Annual administration and progress report of the Indian Medical Department, Bombay
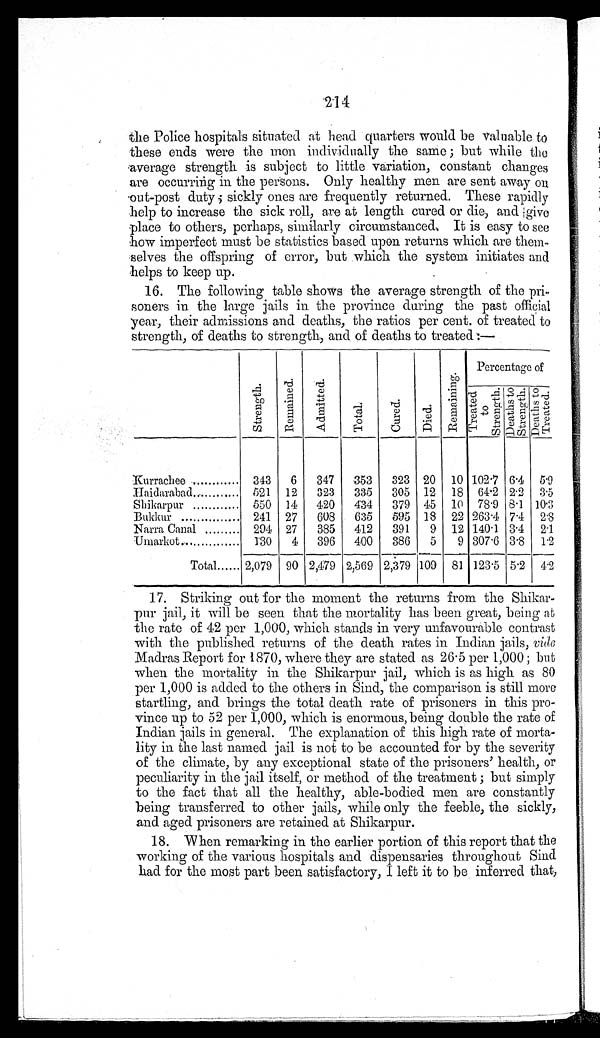
214
the Police hospitals situated at head quarters would be valuable to
these ends were the mon individually the same; but while the
average strength is subject to little variation, constant changes
are occurring in the persons. Only healthy men are sent away on
out-post duty; sickly ones are frequently returned. These rapidly
help to increase the sick roll, are at length cured or die, and give
place to others, perhaps, similarly circumstanced, It is easy to see
how imperfect must be statistics based upon returns which are them-
selves the offspring of error, but which the system initiates and
helps to keep up.
16. The following table shows the average strength of the pri-
soners in the large jails in the province during the past official
year, their admissions and deaths, the ratios per cent. of treated to
strength, of deaths to strength, and of deaths to treated:-
St r e ngt h.
Remai ned.
Admi t t ed.
Total.
Cured.
Di ed.
Remai ni ng.
Percentage of
T r e a t e d
t o
S t r e n g t h . Deaths to
Strength. Deat hs t o
Tr eat ed.
Kurrachee
343
6
347
353
323 20
10 102.7 6.4
5.9
Haidarabad
521
12
323
335
305 12
18
64.2 2.2
3.5
Shikarpur
550
14
420
434
379 45
10
78.9 8.1 10.3
Bukkur
241
27
608
635
595 18
22 263.4 7.4
2.8
Narra Canal
294 27
385
412
391
9
12 140.1 3.4
2.1
Umarkot
130
4
396
400
386
5
9 307.6 3.8
1.2
Total
2,079 90 2,479 2,569 2,379 109
81 123.5 5.2
4.2
17. Striking out for the moment the returns from the Shikar
- p u r j a i l , i t w i l l b e s e e n t h a t t h e m o r t a l i t y h a s b e e n g r e a t , b e i n g a t
the rate of 42 per 1,000, which stands in very unfavourable contrast
with the published returns of the death rates in Indian jails, vide
Madras Report for 1870, where they are stated as 26.5 per 1,000; but
when the mortality in the Shikarpur jail, which is as high as 80
per 1,000 is added to the others in Sind, the comparison is still more
startling, and brings the total death rate of prisoners in this pro-
vince up to 52 per 1,000, which is enormous, being double the rate of
Indian jails in general. The explanation of this high rate of morta-
lity in the last named jail is not to be accounted for by the severity
of the climate, by any exceptional state of the prisoners' health, or
peculiarity in the jail itself, or method of the treatment; but simply
to the fact that all the healthy, able-bodied men are constantly
being transferred to other jails, while only the feeble, the sickly,
and aged prisoners are retained at Shikarpur.
18. When remarking in the earlier portion of this report that the
working of the various hospitals and dispensaries throughout Sind
had for the most part been satisfactory, I left it to be inferred that,